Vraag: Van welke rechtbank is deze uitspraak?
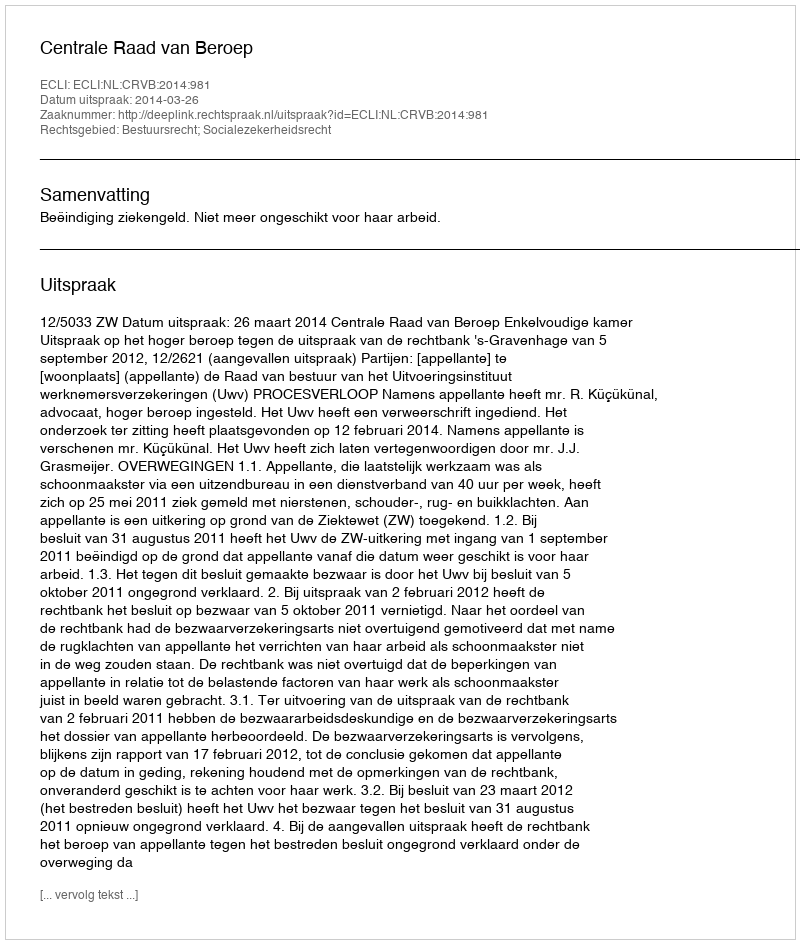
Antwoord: Centrale Raad van Beroep